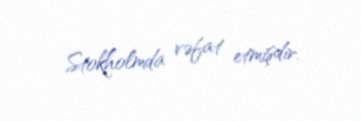
Stokholmda vəfat etmişdir.